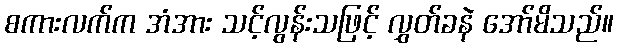
စကားလက်က အံအား သင့်လွန်းသဖြင့် လွှတ်ခနဲ အော်မိသည်။